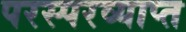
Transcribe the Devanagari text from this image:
परस्परव्याप्त